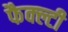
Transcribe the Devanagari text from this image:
फैक्ल्टी